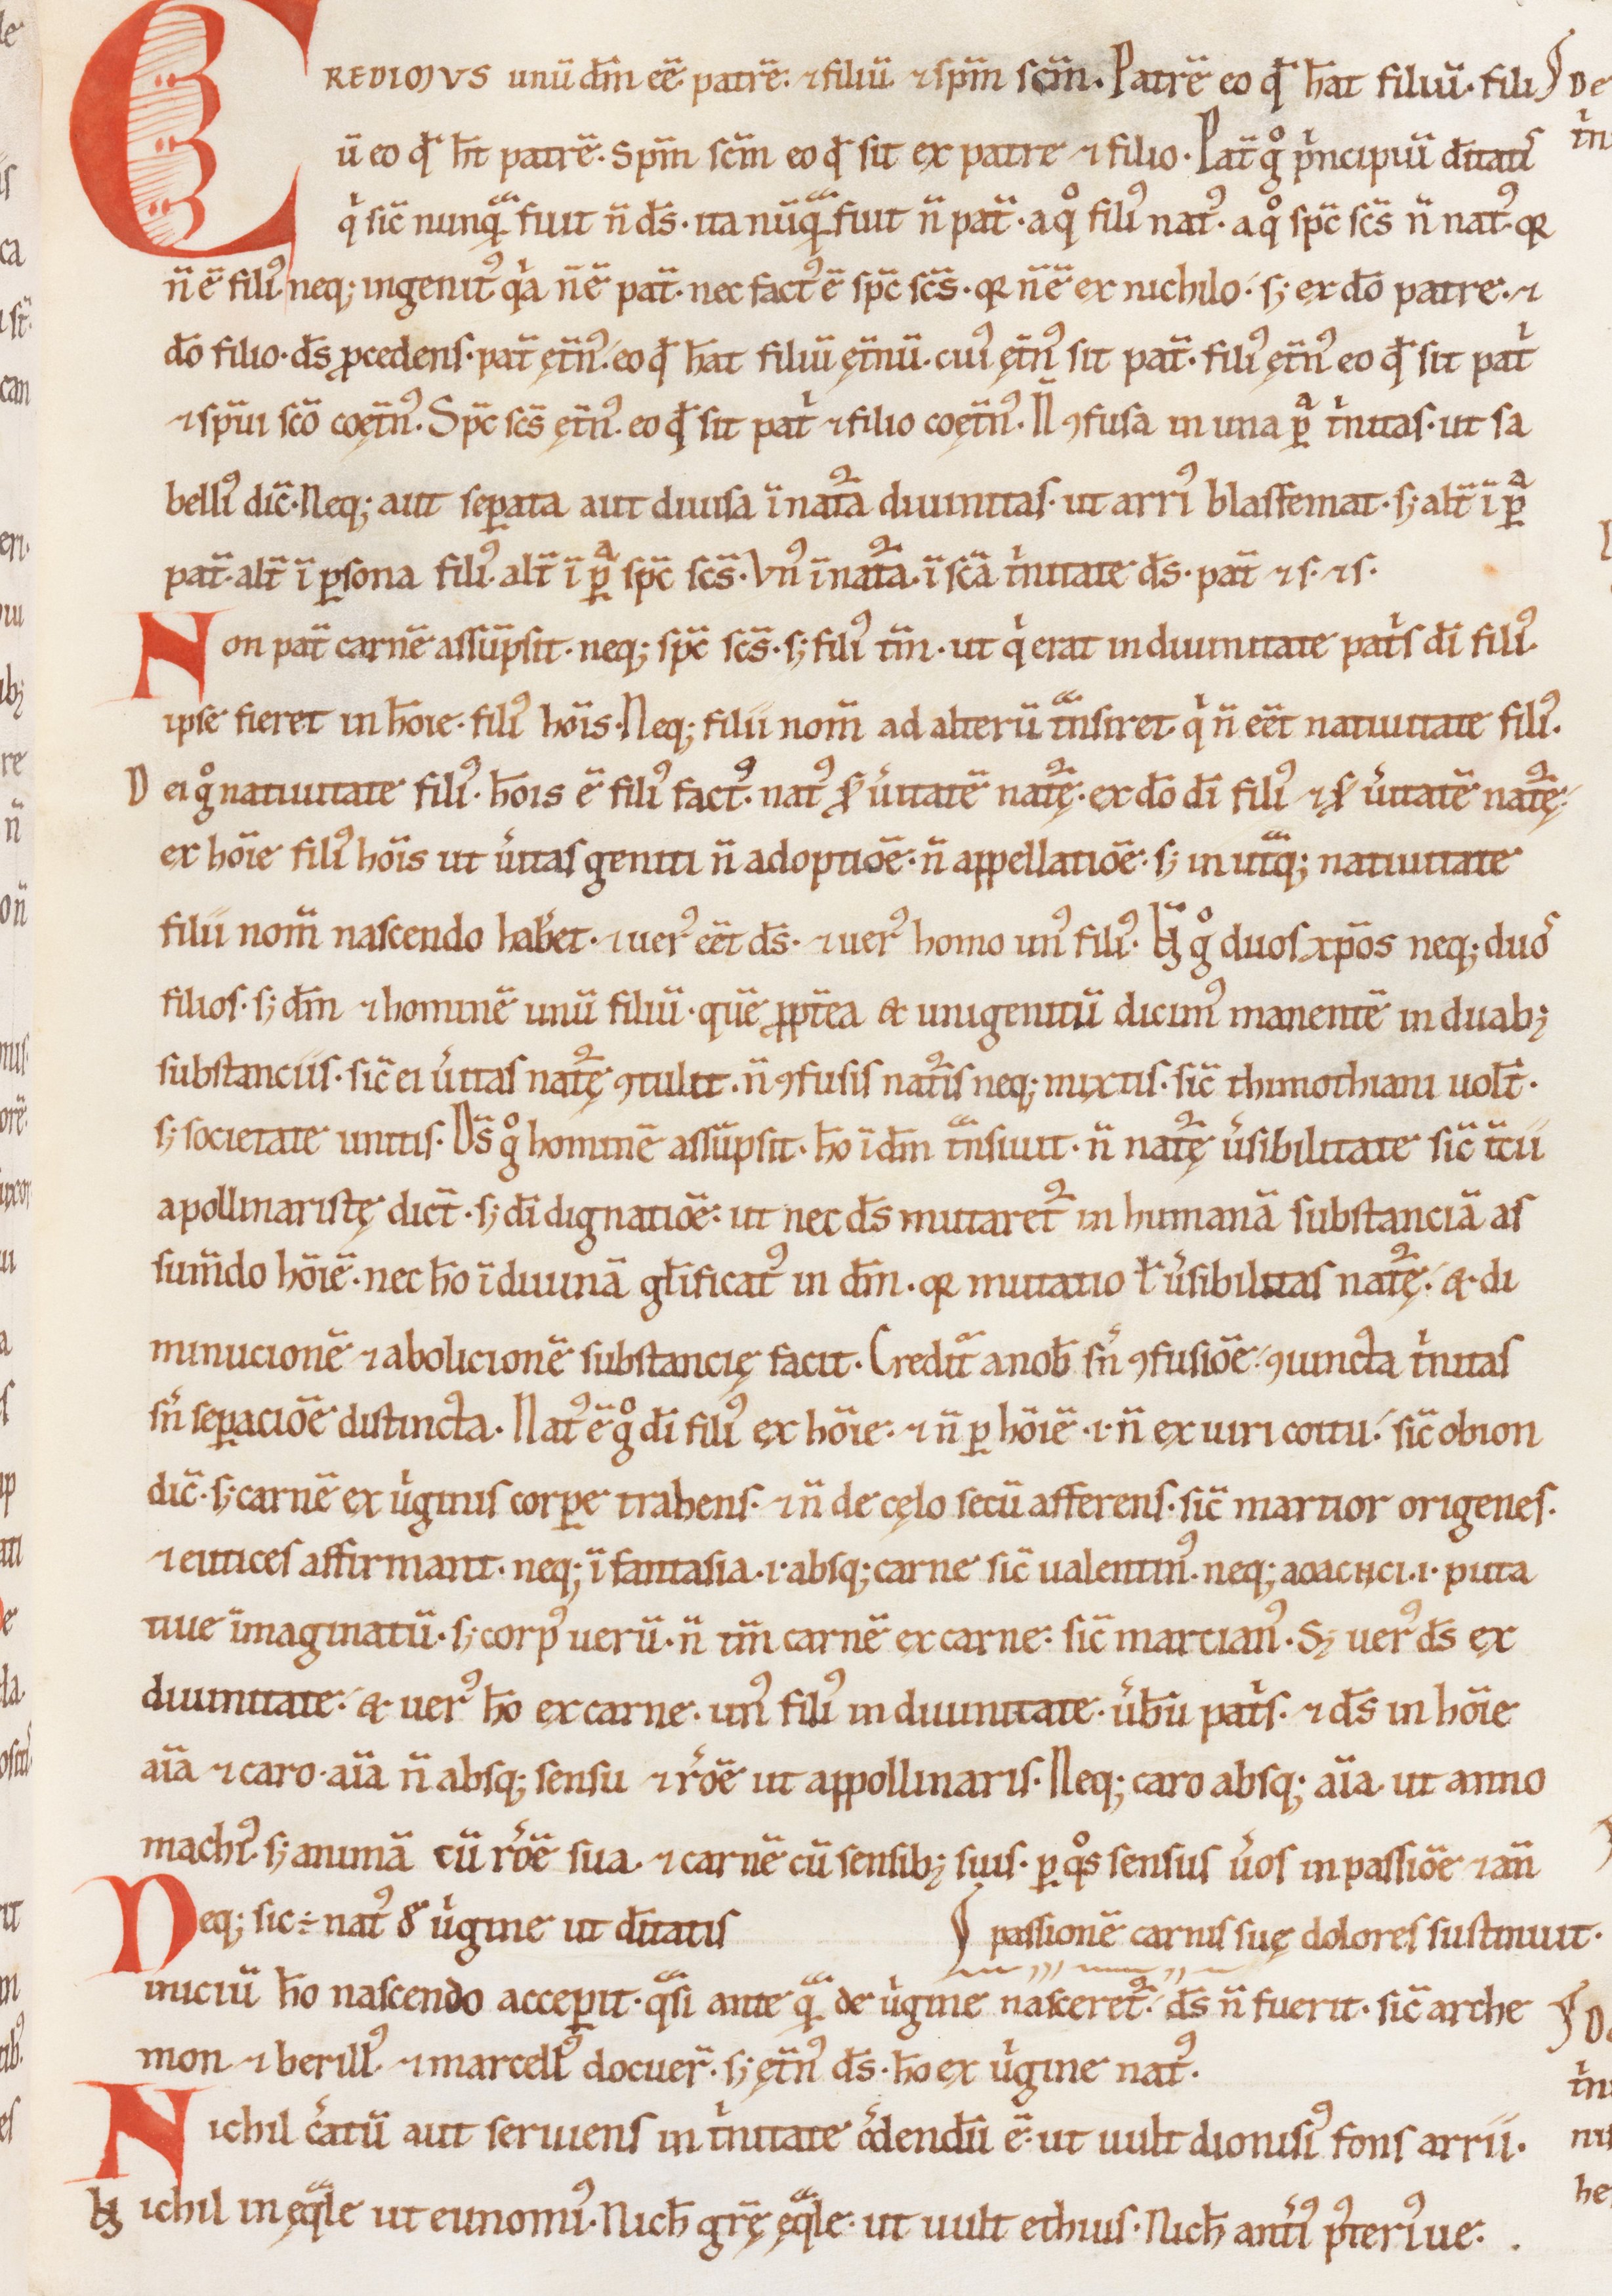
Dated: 1100–1199